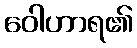
ဝေါဟာရ၏